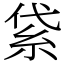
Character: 𥿝